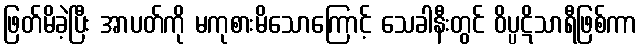
ဖြတ်မိခဲ့ပြီး အာပတ်ကို မကုစားမိသောကြောင့် သေခါနီးတွင် ဝိပ္ပဋိသာရီဖြစ်ကာ